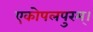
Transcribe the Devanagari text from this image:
एकोपलपुरम्।